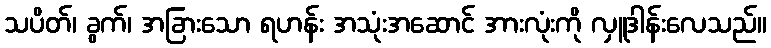
သပိတ်၊ ခွက်၊ အခြားသော ရဟန်း အသုံးအဆောင် အားလုံးကို လှူဒါန်းလေသည်။